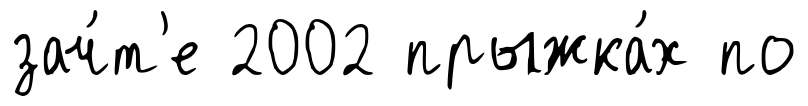
зач́т'е 2002 прыжка́х по